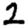
Digit: 2